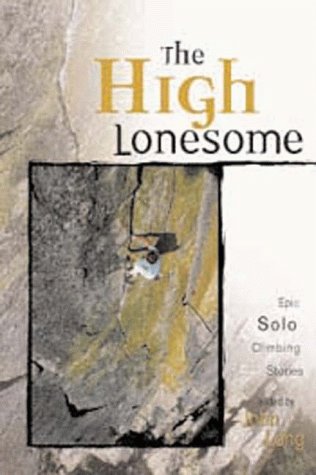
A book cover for The High Lonesome: Epic Solo Climbing Stories (Adventure); John Long; Travel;